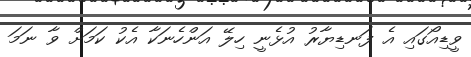
ވީޑިއޯގައި އެ ފަނޑިޔާރު އުޅެނީ ހިލޭ އަންހެނަކާ އެކު ކަމަށް ވާ ނަމަ